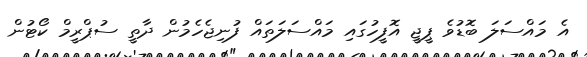
އެ މައްސަލަ ބޮޑުވެ ޕީޖީ އޮފީހުގައި މައްސަލަތައް ފުނިޖެހެމުން ދާތީ ސުޕްރީމް ކޯޓުން